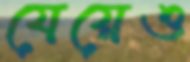
যেয়েও